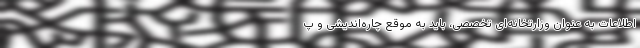
اطلاعات به عنوان وزارتخانه‌ای تخصصی، باید به موقع چاره‌اندیشی و پ